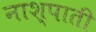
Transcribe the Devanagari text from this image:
नाश्पाती